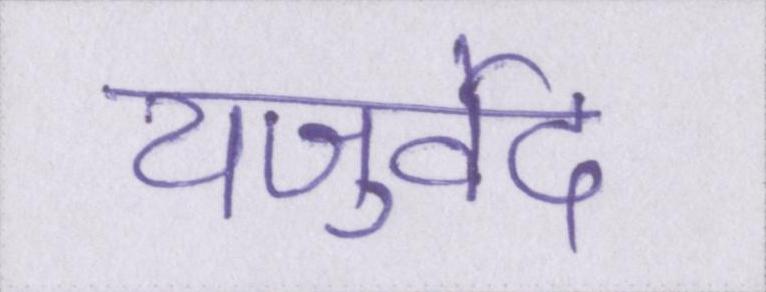
यजुर्वेद